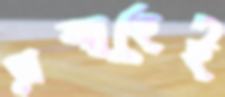
প্রবাহেই